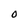
Character: 0